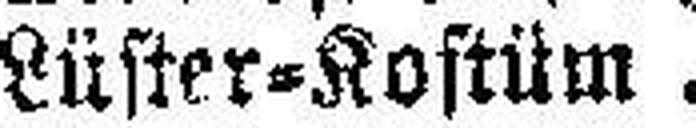
Lüster=Kostüm.